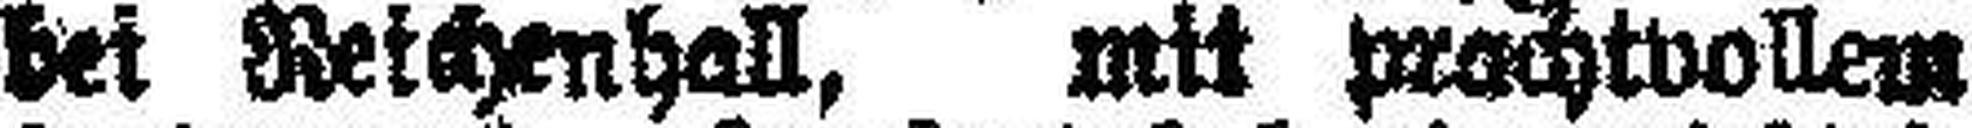
bei Reichenhall, mit prachtvollem